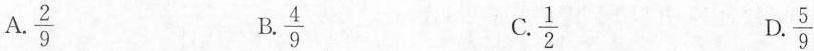
A. \frac{2}{9} B. \frac{4}{9} C. \frac{1}{2} D. \frac{5}{9}